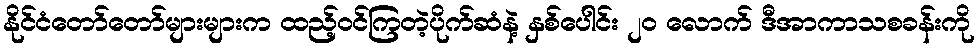
နိုင်ငံတော်တော်များများက ထည့်ဝင်ကြတဲ့ပိုက်ဆံနဲ့ နှစ်ပေါင်း ၂၀ လောက် ဒီအာကာသစခန်းကို